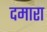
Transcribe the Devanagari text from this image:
दमारा